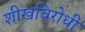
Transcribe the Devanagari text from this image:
शीखविरोधी